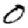
Digit: 0